Vaccination returns of the Province of Eastern Bengal and Assam - 1905-1912
Year: 1905
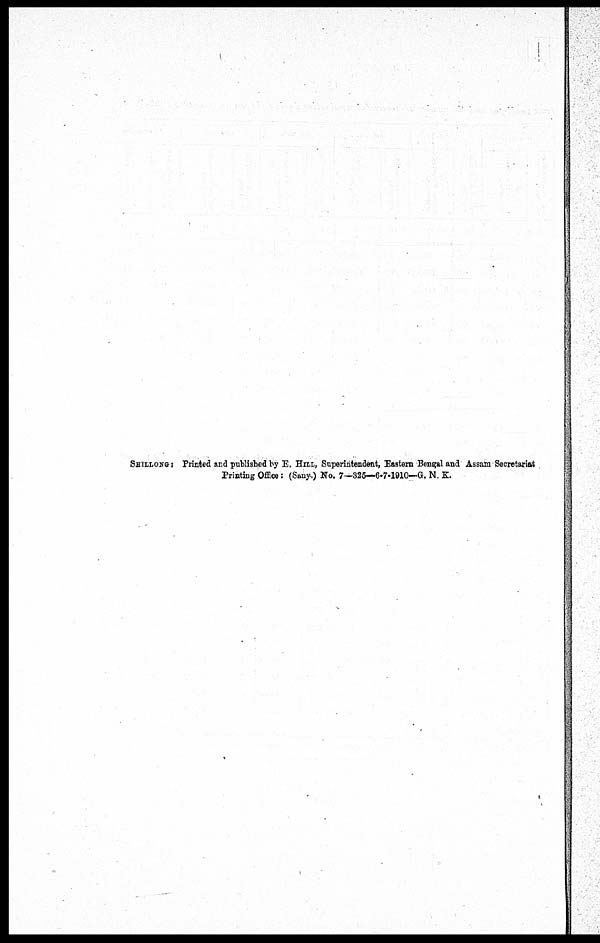
SHILLONG: Printed and published by E. HILL, Superintendent, Eastern Bengal and Assam Secretariat
Printing Office: (Sany.) No. 7—325—6-7-1910—G. N. K.